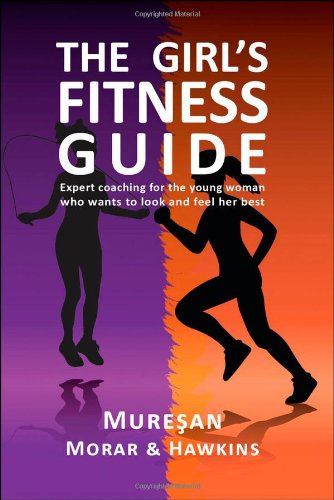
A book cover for The Girl's Fitness Guide: Expert Coaching for the Young Woman Who Wants to Look and Feel Her Best; Gheorghe Muresan; Teen & Young Adult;